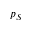
p _ { S }